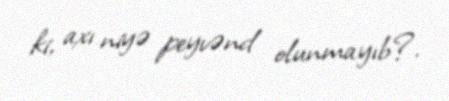
ki, axı niyə peyvənd olunmayıb?.